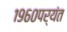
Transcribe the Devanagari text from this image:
१९६०पर्यंत